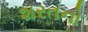
શરતનો